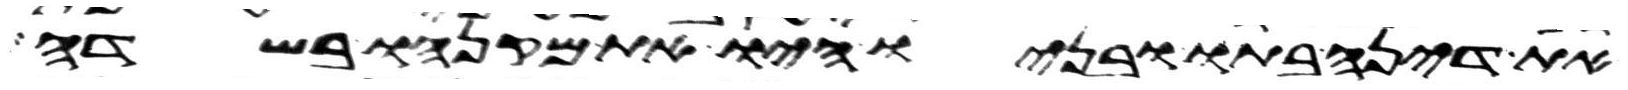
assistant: את דינה בתו ובניו היו את מקנהו בשדה